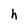
Character: h